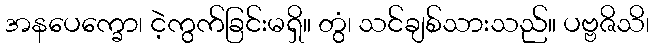
အနပေက္ခော၊ ငဲ့ကွက်ခြင်းမရှိ။ တွံ၊ သင်ချစ်သားသည်။ ပဗ္ဗဇိသိ၊